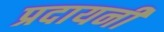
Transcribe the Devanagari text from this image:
प्रदायनी